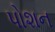
પોશન